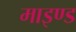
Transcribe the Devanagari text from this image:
माइण्ड